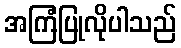
အကြံပြုလိုပါသည်